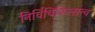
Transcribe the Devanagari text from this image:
निर्विचिकित्सत्त्व